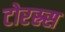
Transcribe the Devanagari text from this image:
टोरस्र्स